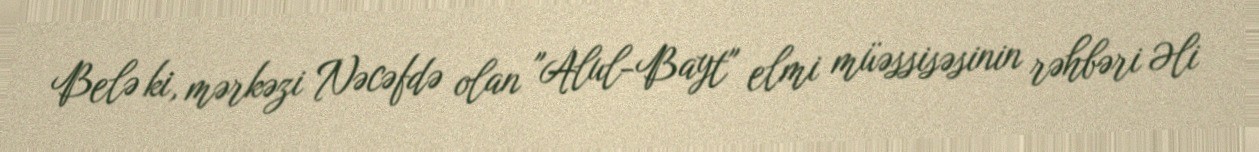
Belə ki, mərkəzi Nəcəfdə olan "Alul-Bayt" elmi müəssisəsinin rəhbəri Əli